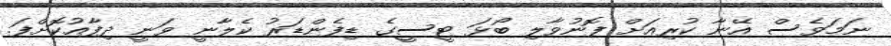
ނަމަވެސް އޭނާ ކުރިއަށް ފޮނުވާލި ބޯޅަ ޓީސީގެ ޑިފެންޑަރު ކެލާނީ ވަނީ ދިފާއުކޮށްފަ.